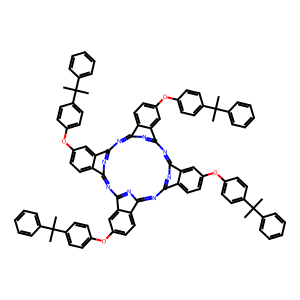
SMILES: CC(C)(c1ccccc1)c1ccc(Oc2ccc3c4nc5nc(nc6nc(nc7nc(nc(n4)c3c2)c2ccc(Oc3ccc(C(C)(C)c4ccccc4)cc3)cc72)c2ccc(Oc3ccc(C(C)(C)c4ccccc4)cc3)cc62)c2cc(Oc3ccc(C(C)(C)c4ccccc4)cc3)ccc52)cc1
Inhibits HIV replication: No